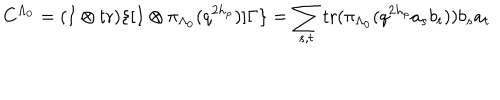
C ^ { \Lambda _ { 0 } } = ( I \otimes \mathrm { t r } ) \{ [ I \otimes \pi _ { \Lambda _ { 0 } } ( q ^ { 2 h _ { \rho } } ) ] \Gamma \} = \sum _ { s , t } \mathrm { t r } ( \pi _ { \Lambda _ { 0 } } ( q ^ { 2 h _ { \rho } } a _ { s } b _ { t } ) ) b _ { s } a _ { t }